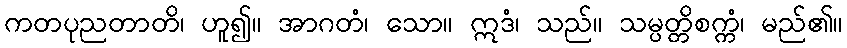
ကတပုညတာတိ၊ ဟူ၍။ အာဂတံ၊ သော။ ဣဒံ၊ သည်။ သမ္ပတ္တိစက္ကံ၊ မည်၏။